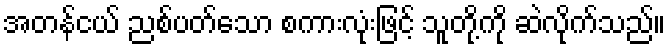
အတန်ငယ် ညစ်ပတ်သော စကားလုံးဖြင့် သူတို့ကို ဆဲလိုက်သည်။